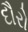
દૌરો